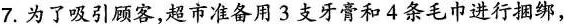
7. 为了吸引顾客，超市准备用3支牙膏和4条毛巾进行捆绑，